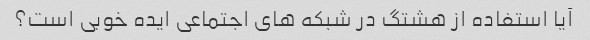
آیا استفاده از هشتگ در شبکه های اجتماعی ایده خوبی است؟